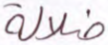
ضلالة